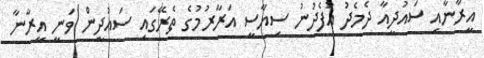
އީރާނާއި ސައުދީއާ ދެމެދު އުފެދުނު ސިޔާސީ އަރާރުމުގެ ތެރޭގައި ސައުދީން ވަނީ އީރާނާ